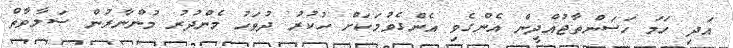
އަދި ހަމަ ހަސަންތާޖުއްދީން އެންގެވި އެންގެވުމަކަށް ހުކުރު ދުވަހު މެންދުރު މުންނާރުން ޞަލާވާތް